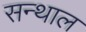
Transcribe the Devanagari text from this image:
सन्थाल